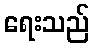
ရေးသည်